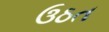
ઉઠત